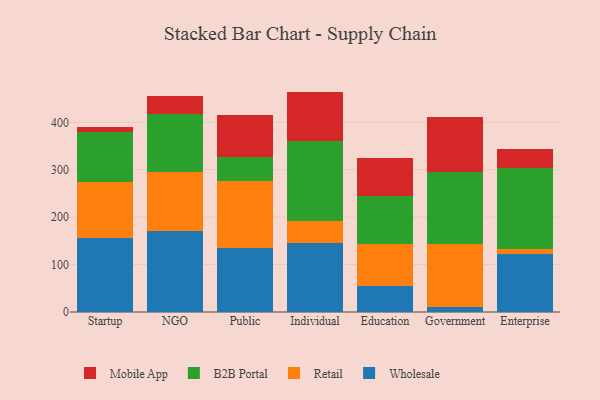
{"axis": {"x": "Segment", "y": "Conversion Rate (%)"}, "legend": ["B2B Portal", "Mobile App", "Retail", "Wholesale"], "data": [{"x": "Startup", "y": 156.9, "type": "Wholesale"}, {"x": "Startup", "y": 117.6, "type": "Retail"}, {"x": "Startup", "y": 104.2, "type": "B2B Portal"}, {"x": "Startup", "y": 10.5, "type": "Mobile App"}, {"x": "NGO", "y": 170.3, "type": "Wholesale"}, {"x": "NGO", "y": 125.7, "type": "Retail"}, {"x": "NGO", "y": 121.0, "type": "B2B Portal"}, {"x": "NGO", "y": 39.3, "type": "Mobile App"}, {"x": "Public", "y": 134.6, "type": "Wholesale"}, {"x": "Public", "y": 142.5, "type": "Retail"}, {"x": "Public", "y": 50.4, "type": "B2B Portal"}, {"x": "Public", "y": 88.6, "type": "Mobile App"}, {"x": "Individual", "y": 146.2, "type": "Wholesale"}, {"x": "Individual", "y": 46.3, "type": "Retail"}, {"x": "Individual", "y": 167.7, "type": "B2B Portal"}, {"x": "Individual", "y": 104.6, "type": "Mobile App"}, {"x": "Education", "y": 54.4, "type": "Wholesale"}, {"x": "Education", "y": 89.1, "type": "Retail"}, {"x": "Education", "y": 100.6, "type": "B2B Portal"}, {"x": "Education", "y": 81.1, "type": "Mobile App"}, {"x": "Government", "y": 11.0, "type": "Wholesale"}, {"x": "Government", "y": 131.7, "type": "Retail"}, {"x": "Government", "y": 153.6, "type": "B2B Portal"}, {"x": "Government", "y": 115.8, "type": "Mobile App"}, {"x": "Enterprise", "y": 121.4, "type": "Wholesale"}, {"x": "Enterprise", "y": 11.9, "type": "Retail"}, {"x": "Enterprise", "y": 169.4, "type": "B2B Portal"}, {"x": "Enterprise", "y": 42.1, "type": "Mobile App"}]}